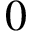
0